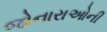
જોનારાઓની